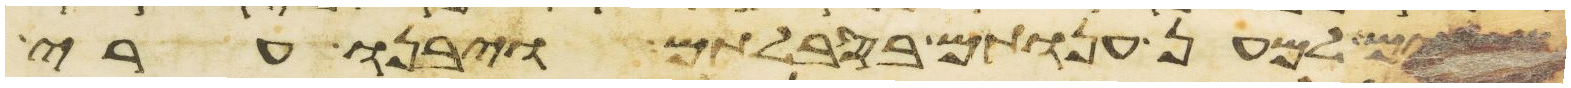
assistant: מסים למען ענותם בסבלותם ויבנו ערי